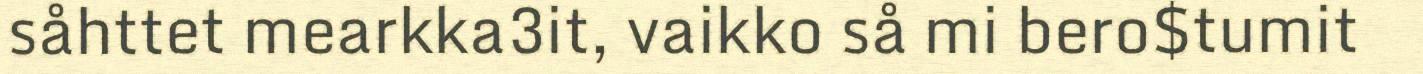
såhttet mearkka3it, vaikko så mi bero$tumit